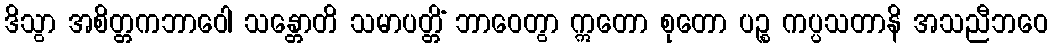
ဒိသွာ အစိတ္တကဘာဝေါ သန္တောတိ သမာပတ္တိံ ဘာဝေတွာ ဣတော စုတော ပဉ္စ ကပ္ပသတာနိ အသညီဘဝေ